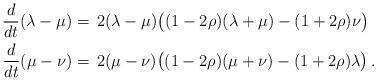
LaTeX: \begin{align*}\frac{d}{dt}(\lambda-\mu)&=\,2(\lambda-\mu)\big((1-2\rho)(\lambda+\mu)-(1+2\rho)\nu\big)\\\frac{d}{dt}(\mu-\nu)&=\,2(\mu-\nu)\big((1-2\rho)(\mu+\nu)-(1+2\rho)\lambda\big)\,.\end{align*}